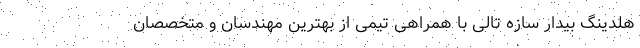
هلدینگ بیدار سازه تالی با همراهی تیمی از بهترین مهندسان و متخصصان